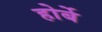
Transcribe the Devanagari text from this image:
होर्बे